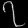
Digit: ၇